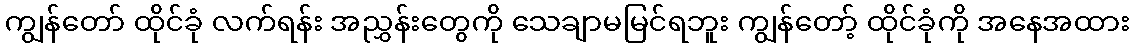
ကျွန်တော် ထိုင်ခုံ လက်ရန်း အညွှန်းတွေကို သေချာမမြင်ရဘူး ကျွန်တော့် ထိုင်ခုံကို အနေအထား